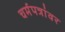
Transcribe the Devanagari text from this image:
चर्मपत्रांवर